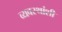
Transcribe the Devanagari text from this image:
व्यवस्थांशी